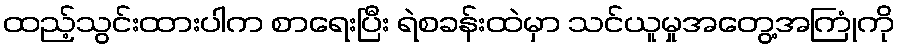
ထည့်သွင်းထားပါက စာရေးပြီး ရဲစခန်းထဲမှာ သင်ယူမှုအတွေ့အကြုံကို